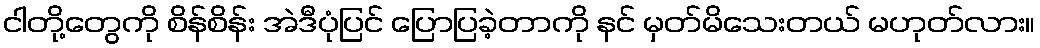
ငါတို့တွေကို စိန်စိန်း အဲဒီပုံပြင် ပြောပြခဲ့တာကို နင် မှတ်မိသေးတယ် မဟုတ်လား။